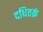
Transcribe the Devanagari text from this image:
दधितक्रं